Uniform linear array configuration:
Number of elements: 8
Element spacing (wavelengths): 1
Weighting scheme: kaiser
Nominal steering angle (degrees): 45
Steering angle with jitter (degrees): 46.425
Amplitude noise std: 0.05
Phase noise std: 0.05

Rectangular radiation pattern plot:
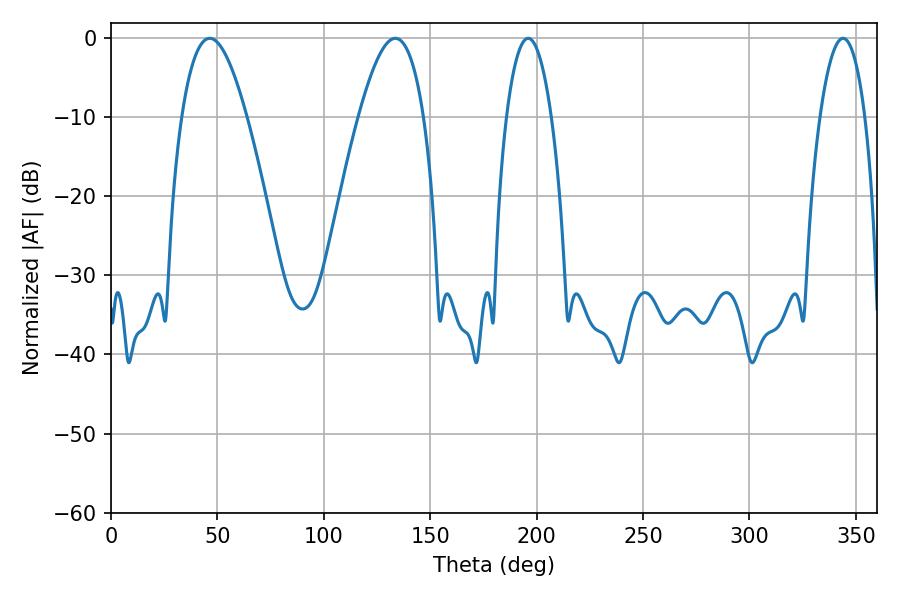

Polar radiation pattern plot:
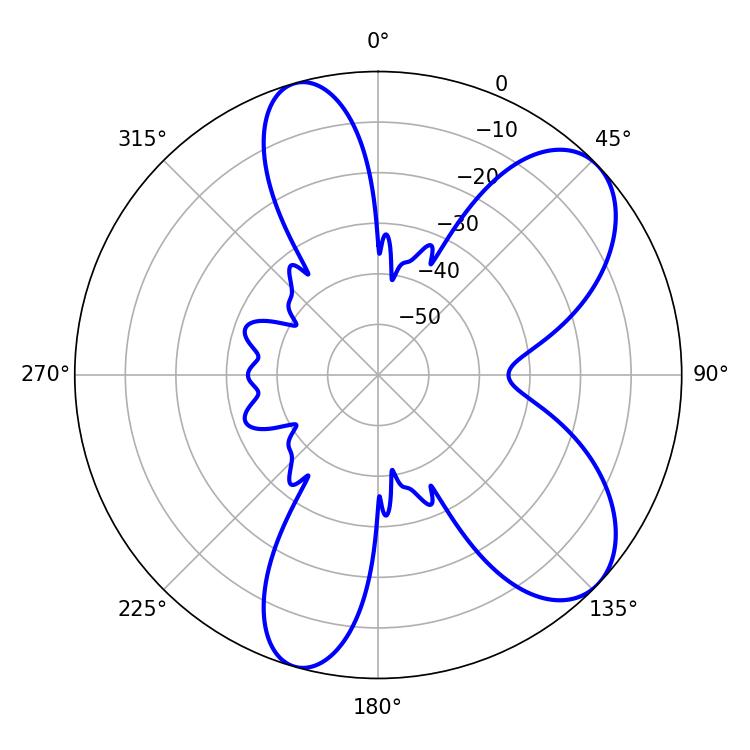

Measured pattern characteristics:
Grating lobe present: TRUE
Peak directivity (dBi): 7.71
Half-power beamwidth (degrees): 11.7
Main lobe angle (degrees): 196.02